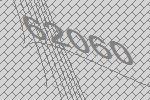
62060